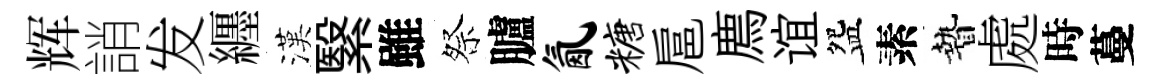
辉誚发纒漢繄雖祭臚氤糖扈廌谊盌素贄處時蔓